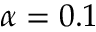
\alpha = 0 . 1